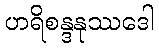
ဟရိစန္ဒနုဿဒေါ